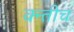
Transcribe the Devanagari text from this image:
क्न्तीच